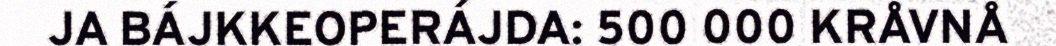
JA BÁJKKEOPERÁJDA: 500 000 KRÅVNÅ